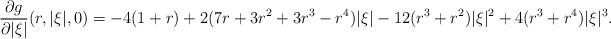
LaTeX: \begin{align*}\frac{\partial g}{\partial |\xi|}(r,|\xi|,0)=-4(1+r)+2(7r+3r^{2}+3r^{3}-r^{4})|\xi|-12(r^{3}+r^{2})|\xi|^{2}+4(r^{3}+r^{4})|\xi|^{3}.\end{align*}